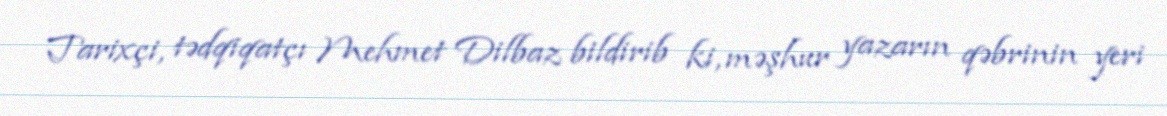
Tarixçi, tədqiqatçı Mehmet Dilbaz bildirib ki, məşhur yazarın qəbrinin yeri